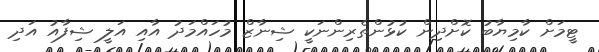
ޓީމަށް ކާމިޔާބު ކޮށްދިން ކުޅުންތެރިންނަކީ ޝިނާޒް މުހައްމަދު އާއި އަލީ ޝިފާއު އަދި